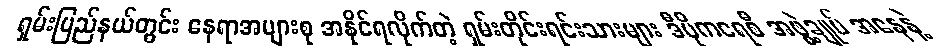
ရှမ်းပြည်နယ်တွင်း နေရာအများစု အနိုင်ရလိုက်တဲ့ ရှမ်းတိုင်းရင်းသားများ ဒီမိုကရေစီ အဖွဲ့ချုပ် အနေနဲ့